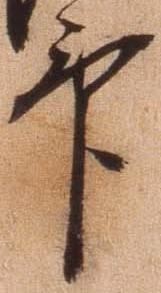
畢